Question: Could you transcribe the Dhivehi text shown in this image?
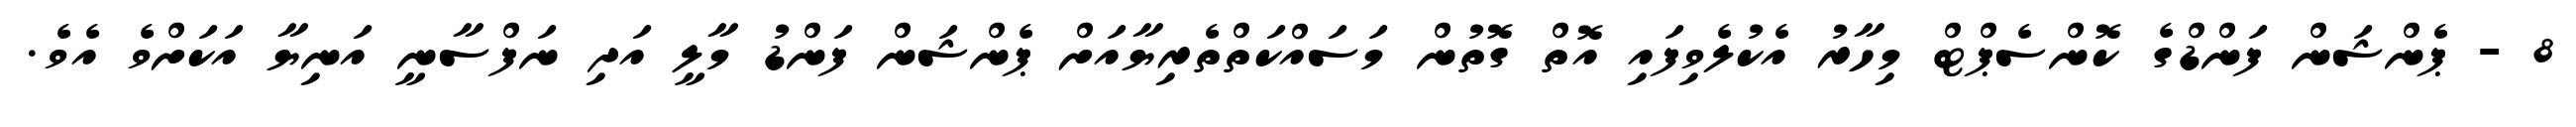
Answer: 8 - ޕެންޝަން ފަންޑްގެ ކޮންސެޕްޓް މިހާރު އެކުލެވިފައި އޮތް ގޮތުން މަސައްކަތްތެރިޔާއަށް ޕެންޝަން ފަންޑު މާލީ އަދި ނަފްސާނީ އަނިޔާ އަކަށްވެ އެވެ.